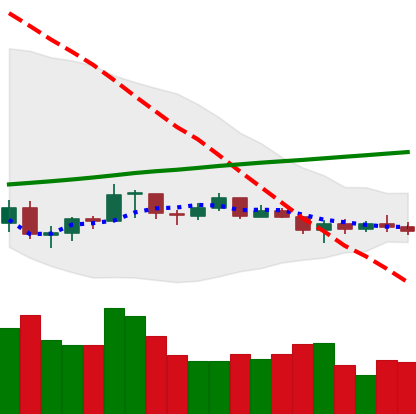
Ticker: XRP-USD
Chart end date: 2021-07-13
Forward return: -5.101%
Label: down_5_7